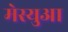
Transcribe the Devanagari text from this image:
मेस्युआ